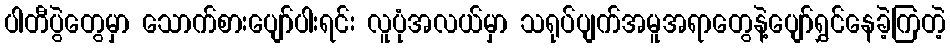
ပါတီပွဲတွေမှာ သောက်စားပျော်ပါးရင်း လူပုံအလယ်မှာ သရုပ်ပျက်အမူအရာတွေနဲ့ပျော်ရွှင်နေခဲ့ကြတဲ့